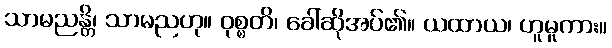
သာမညန္တိ၊ သာမညဟု။ ဝုစ္စတိ၊ ခေါ်ဆိုအပ်၏။ ယထာယ၊ ဟူမူကား။